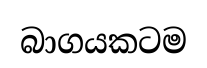
බාගයකටම